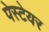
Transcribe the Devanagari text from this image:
पेस्टेयर